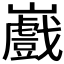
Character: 𭗲